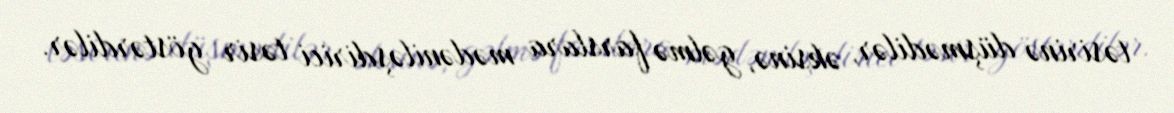
təsirinə düşmədilər, əksinə, gəlmə farslara mədəniləşdirici təsir göstərdilər.